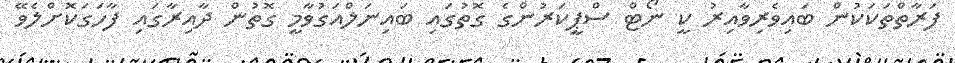
ފަރާތްތަކަކުން ބައިވެރިވާއިރު ކީ ނޯޓްް ސްޕީކަރުންގެ ގޮތުގައި ބައިނަލްއަގުވާމީ ގޮތުން ދާއިރާގައި ފާހަގަކޮށްލެވޭ